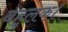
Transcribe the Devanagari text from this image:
बहुलक।